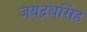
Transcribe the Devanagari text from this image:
जयद्रथसिंह